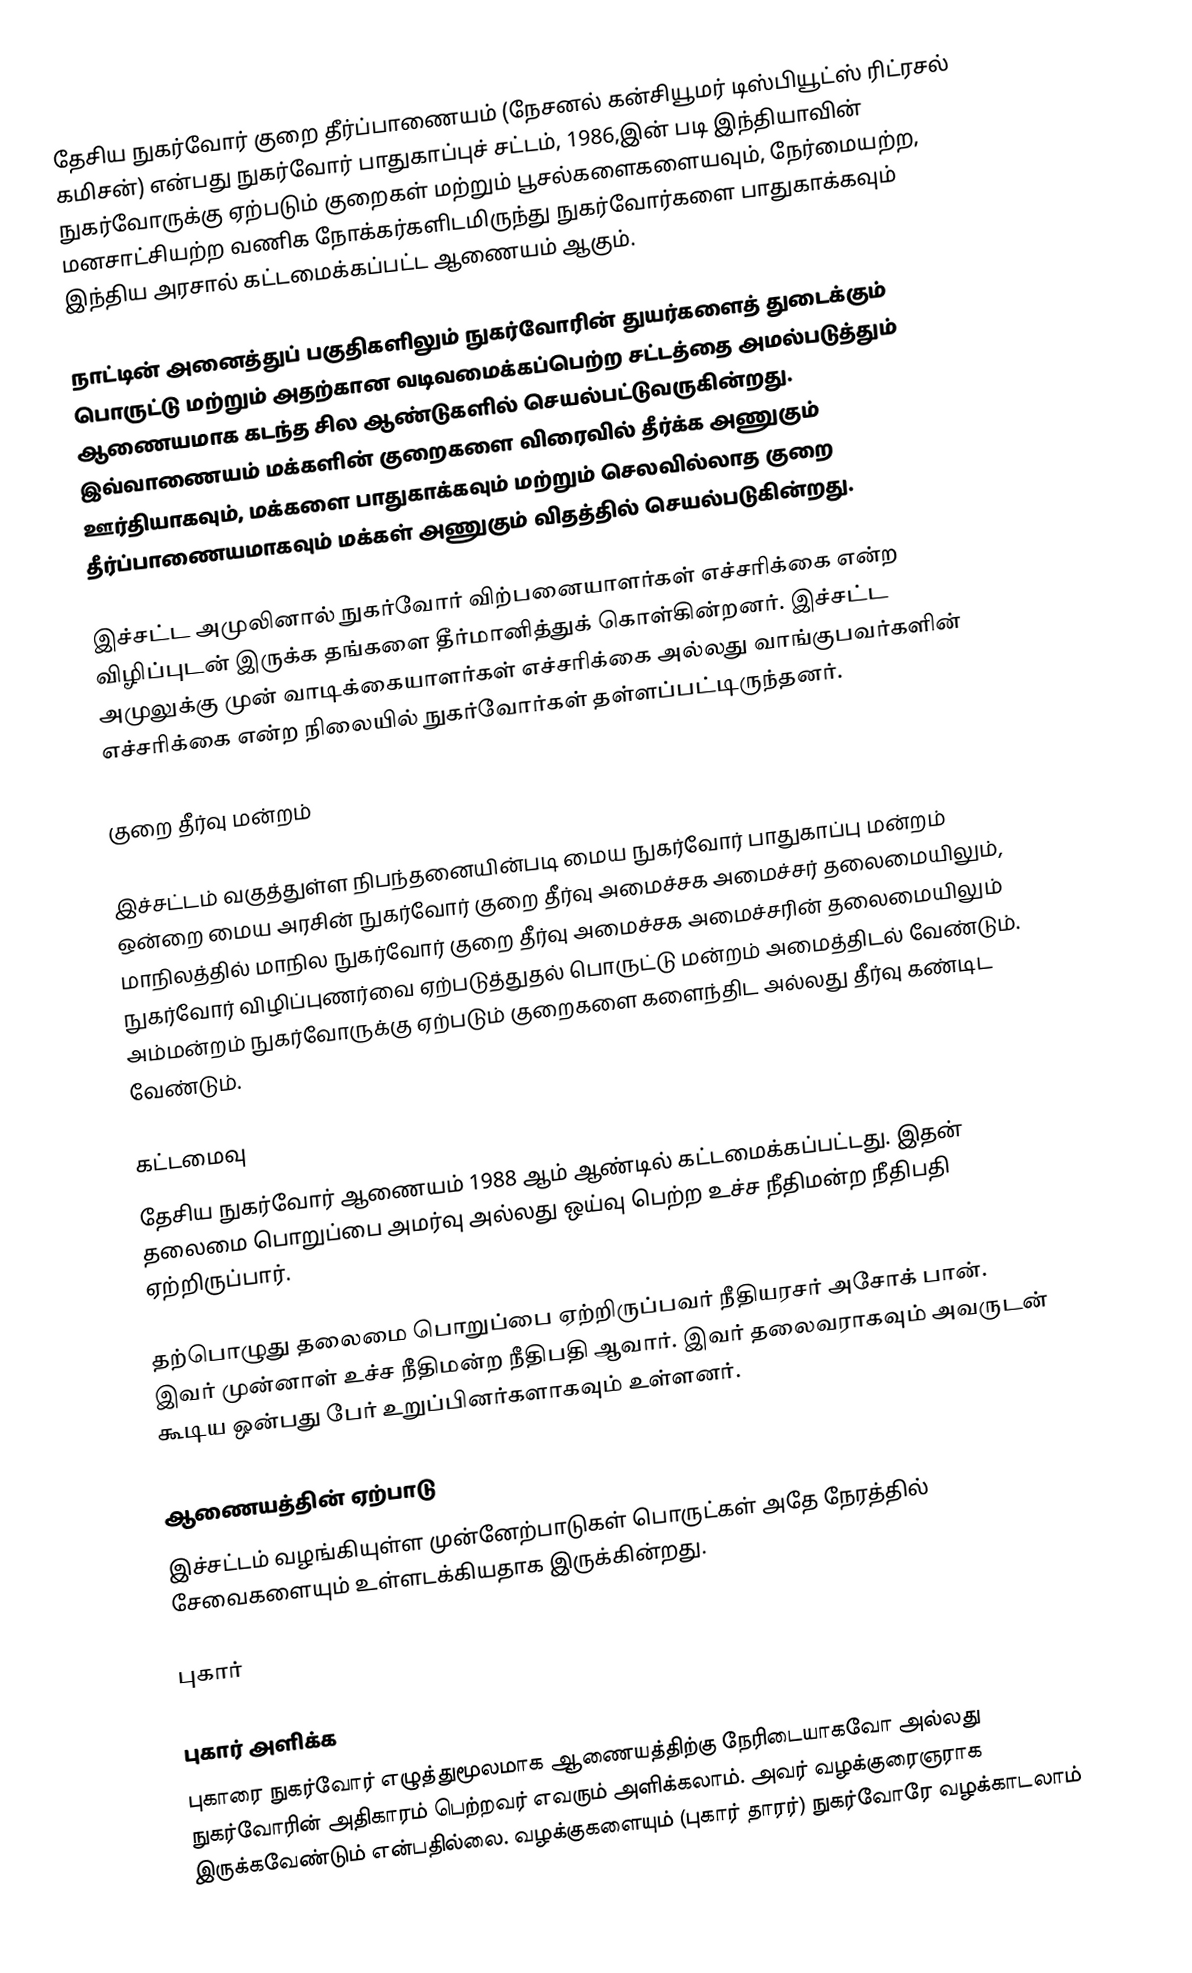
தேசிய நுகர்வோர் குறை தீர்ப்பாணையம் (நேசனல் கன்சியூமர் டிஸ்பியூட்ஸ் ரிட்ரசல் கமிசன்) என்பது நுகர்வோர் பாதுகாப்புச் சட்டம், 1986,இன் படி இந்தியாவின் நுகர்வோருக்கு ஏற்படும் குறைகள் மற்றும் பூசல்களைகளையவும், நேர்மையற்ற, மனசாட்சியற்ற வணிக நோக்கர்களிடமிருந்து நுகர்வோர்களை பாதுகாக்கவும் இந்திய அரசால் கட்டமைக்கப்பட்ட ஆணையம் ஆகும்.

நாட்டின் அனைத்துப் பகுதிகளிலும் நுகர்வோரின் துயர்களைத் துடைக்கும் பொருட்டு மற்றும் அதற்கான வடிவமைக்கப்பெற்ற சட்டத்தை அமல்படுத்தும் ஆணையமாக கடந்த சில ஆண்டுகளில் செயல்பட்டுவருகின்றது. இவ்வாணையம் மக்களின் குறைகளை விரைவில் தீர்க்க அணுகும் ஊர்தியாகவும், மக்களை பாதுகாக்கவும் மற்றும் செலவில்லாத குறை தீர்ப்பாணையமாகவும் மக்கள் அணுகும் விதத்தில் செயல்படுகின்றது.

இச்சட்ட அமுலினால் நுகர்வோர் விற்பனையாளர்கள் எச்சரிக்கை என்ற விழிப்புடன் இருக்க தங்களை தீர்மானித்துக் கொள்கின்றனர். இச்சட்ட அமுலுக்கு முன் வாடிக்கையாளர்கள் எச்சரிக்கை அல்லது வாங்குபவர்களின் எச்சரிக்கை என்ற நிலையில் நுகர்வோர்கள் தள்ளப்பட்டிருந்தனர்.

குறை தீர்வு மன்றம்

இச்சட்டம் வகுத்துள்ள நிபந்தனையின்படி மைய நுகர்வோர் பாதுகாப்பு மன்றம் ஒன்றை மைய அரசின் நுகர்வோர் குறை தீர்வு அமைச்சக அமைச்சர் தலைமையிலும், மாநிலத்தில் மாநில நுகர்வோர் குறை தீர்வு அமைச்சக அமைச்சரின் தலைமையிலும் நுகர்வோர் விழிப்புணர்வை ஏற்படுத்துதல் பொருட்டு மன்றம் அமைத்திடல் வேண்டும். அம்மன்றம் நுகர்வோருக்கு ஏற்படும் குறைகளை களைந்திட அல்லது  தீர்வு கண்டிட வேண்டும்.

கட்டமைவு
தேசிய நுகர்வோர் ஆணையம் 1988 ஆம் ஆண்டில் கட்டமைக்கப்பட்டது. இதன் தலைமை பொறுப்பை அமர்வு அல்லது ஒய்வு பெற்ற உச்ச நீதிமன்ற நீதிபதி ஏற்றிருப்பார்.

தற்பொழுது தலைமை பொறுப்பை ஏற்றிருப்பவர் நீதியரசர் அசோக் பான். இவர் முன்னாள் உச்ச நீதிமன்ற நீதிபதி ஆவார். இவர் தலைவராகவும் அவருடன் கூடிய ஒன்பது பேர் உறுப்பினர்களாகவும் உள்ளனர்.

ஆணையத்தின் ஏற்பாடு
இச்சட்டம் வழங்கியுள்ள முன்னேற்பாடுகள் பொருட்கள் அதே நேரத்தில் சேவைகளையும் உள்ளடக்கியதாக இருக்கின்றது.

புகார்

புகார் அளிக்க
புகாரை நுகர்வோர் எழுத்துமூலமாக ஆணையத்திற்கு நேரிடையாகவோ அல்லது நுகர்வோரின் அதிகாரம் பெற்றவர் எவரும் அளிக்கலாம். அவர் வழக்குரைஞராக இருக்கவேண்டும் என்பதில்லை. வழக்குகளையும் (புகார் தாரர்) நுகர்வோரே வழக்காடலாம்